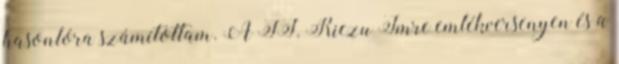
hasonlóra számítottam. A II. Riczu Imre emlékversenyen és a